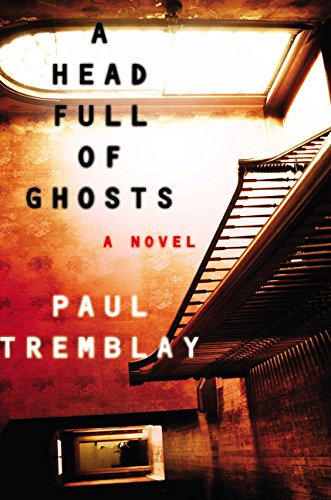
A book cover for A Head Full of Ghosts: A Novel; Paul Tremblay; Mystery, Thriller & Suspense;